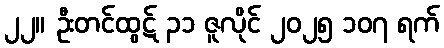
၂၂။ ဦးတင်ထွဋ် ၃၁ ဇူလိုင် ၂၀၂၅ ၁၀၇ ရက်